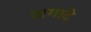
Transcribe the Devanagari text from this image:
अगादे